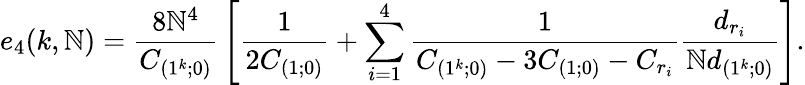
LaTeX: e_{4}(k,\mathbb{N})={\frac{{8\mathbb{N}^{4}}}{{C_{(1^{k};0)}}}}\left[{\frac{{1}}{{2C_{(1;0)}}}}+\sum_{i=1}^{4}{\frac{{1}}{{C_{(1^{k};0)}-3C_{(1;0)}-C_{r_{i}}}}}{\frac{{d_{r_{i}}}}{{\mathbb{N}d_{(1^{k};0)}}}}\right].